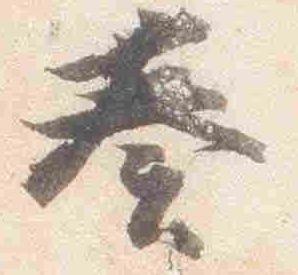
奏